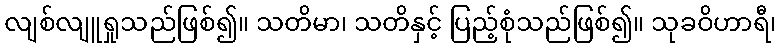
လျစ်လျူရှုသည်ဖြစ်၍။ သတိမာ၊ သတိနှင့် ပြည့်စုံသည်ဖြစ်၍။ သုခဝိဟာရီ၊